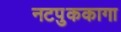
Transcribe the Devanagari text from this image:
नटपुककागा